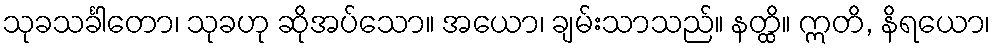
သုခသင်္ခါတော၊ သုခဟု ဆိုအပ်သော။ အယော၊ ချမ်းသာသည်။ နတ္ထိ။ ဣတိ, နိရယော၊